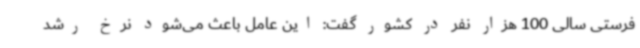
فرستی سالی 100 هزار نفر در کشور گفت: این عامل باعث می‌شود نرخ رشد